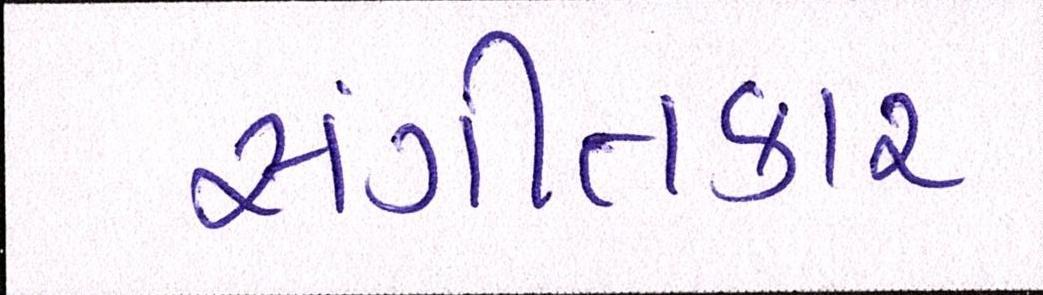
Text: સંગીતકાર